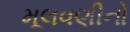
મૂલવણીનો